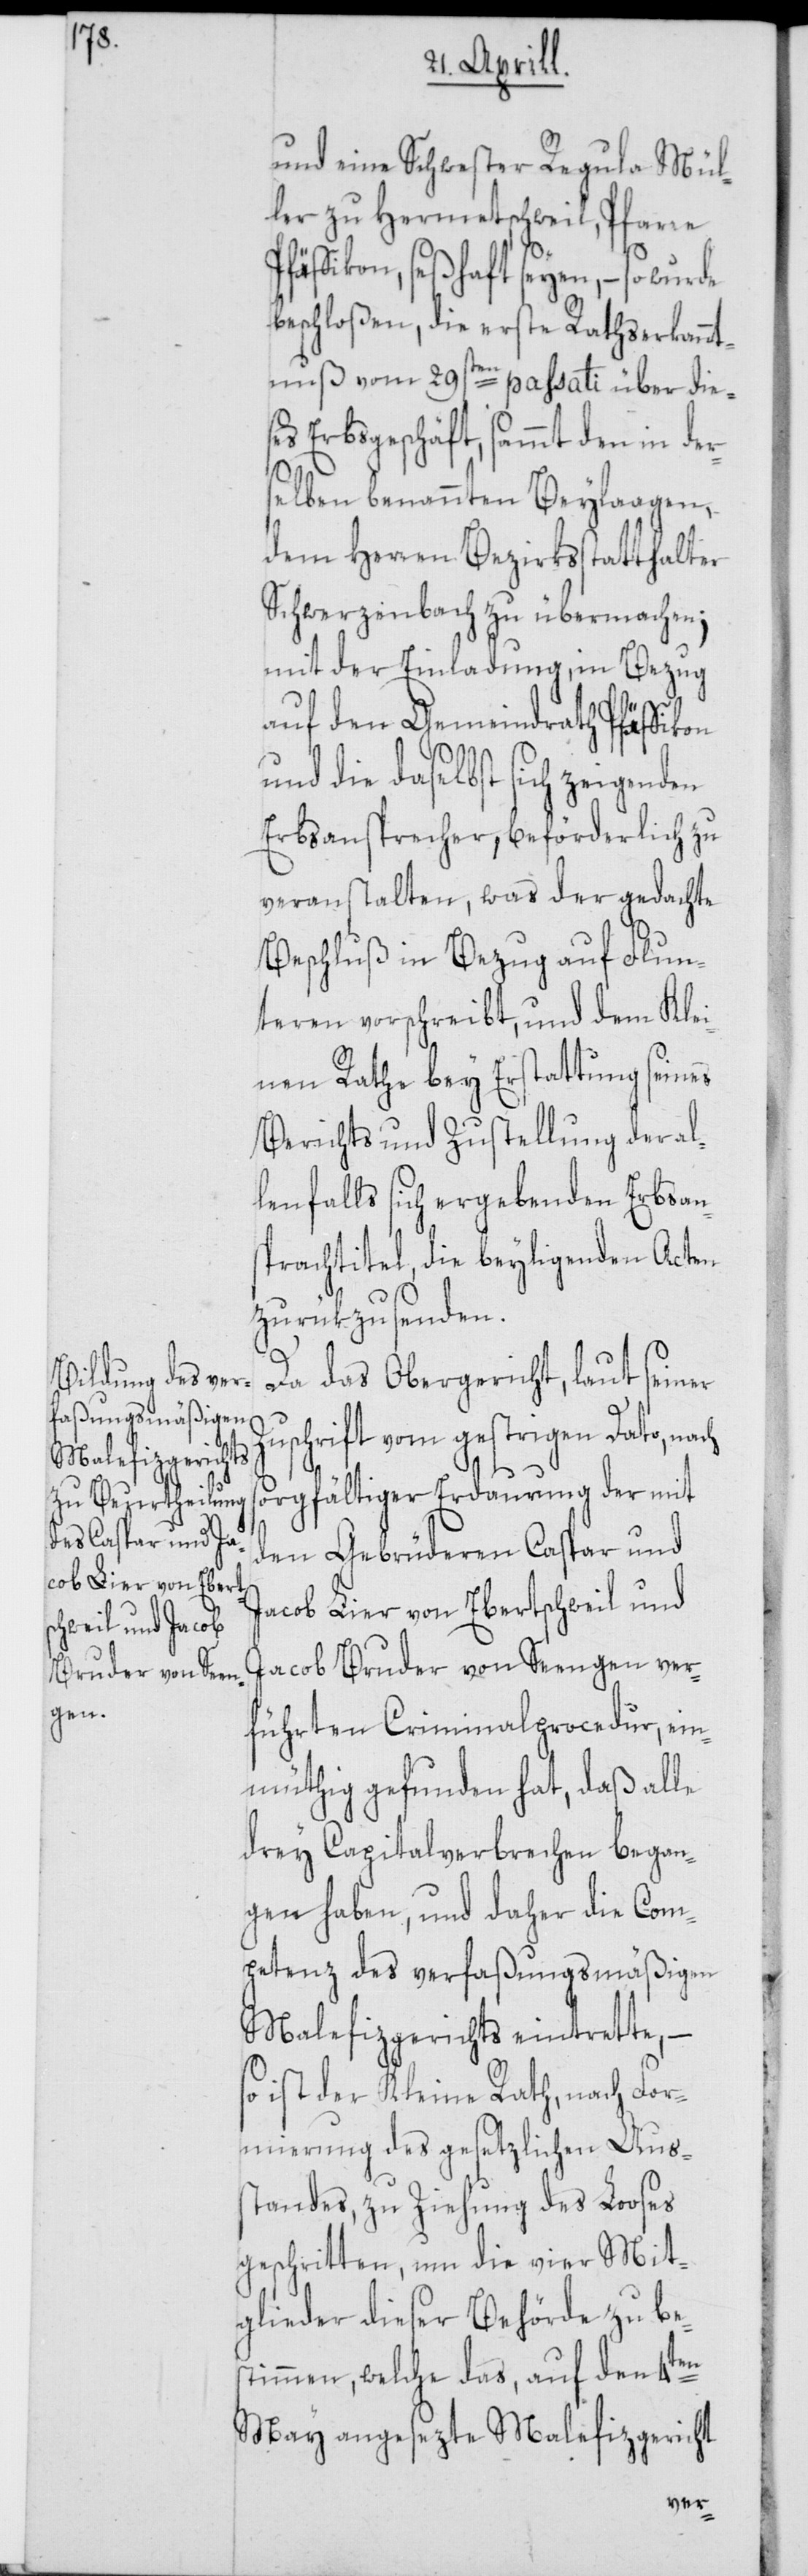
Z¬

en

und eine Schwester Regula Mül¬
ler zu Hermetschweil, Pfarre
fäffikon, seßhaft seyen, – so wurde
beschloßen, die erste Rathserkannt¬
nuß vom 29sten passati über dies¬
es Erbsgeschäft, sammt den in der¬
selben benannten Beylaagen,
dem Herren Bezirksstatthalter
Schwerzenbach zu übermachen;
mit der Einladung, in Bezug
auf den Gemeindrath Pfäffikon
und die daselbst sich zeigend¬
Erbsansprecher, beförderlich zu
veranstalten, was der gedachte
Beschluß in Bezug auf Flun¬
teren vorschreibt, und dem Klei¬
nen Rathe bey Erstattung seines
Berichts und Zustellung der al¬
lenfalls sich ergebenden Erbsan¬
sprachtitel, die beyligenden Acten
zurükzusenden.
Da das Obergericht, laut seiner
uschrift vom gestrigen Dato, nach
sorgfältiger Erdaurung der mit
den Gebrüderen Caspar und
Jacob Lier von Ebertschweil und
Jacob Bruder von Seengen ver¬
führten Criminalprocedur, ein¬
müthig gefunden hat, daß alle
drey Capitalverbrechen began¬
gen haben, und daher die Com¬
petenz des verfaßungsmäßigen
Malefizgerichts eintrette, –
so ist der Kleine Rath, nach For¬
mierung des gesetzlichen Aus¬
standes, zu Ziehung des Looses
geschritten, um die vier Mit¬
glieder dieser Behörde zu bes¬
timmen, welche das, auf den 4ten
May angesezte Malefizgericht